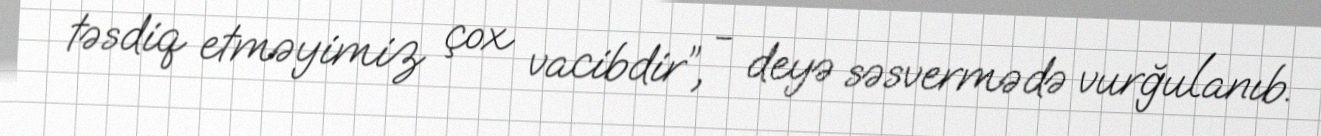
təsdiq etməyimiz çox vacibdir”, - deyə səsvermədə vurğulanıb.